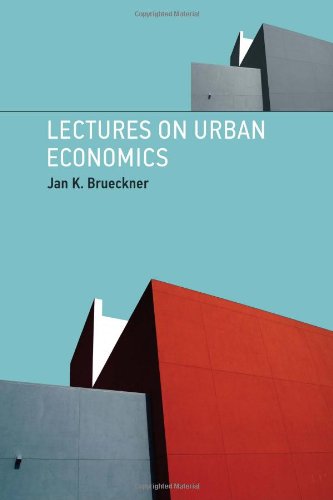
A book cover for Lectures on Urban Economics; Jan K. Brueckner; Business & Money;